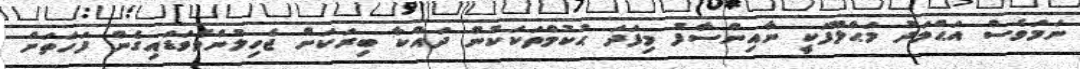
ނަމަވެސް އަޙްމަދު މަޙްލޫފަކީ ނާއިންސާފު މިފަދަ ޙުކުމްތަކަކުން ދައްކާ ބިރަކަށް ޖެހިލުންވެވަޑައިގެން ފަހަތަށް